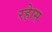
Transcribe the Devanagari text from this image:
रहेास